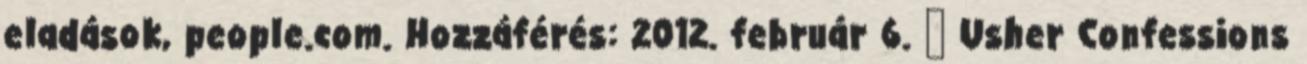
eladások, people.com. Hozzáférés: 2012. február 6. ↑ Usher Confessions